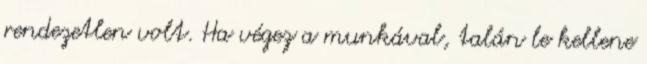
rendezetlen volt. Ha végez a munkával, talán le kellene